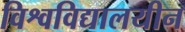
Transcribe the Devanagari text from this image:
विश्वविद्यालयीन